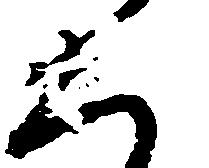
く